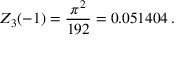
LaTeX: Z _ { 3 } ( - 1 ) = \frac { \pi ^ { 2 } } { 1 9 2 } = 0 . 0 5 1 4 0 4 \, { . }